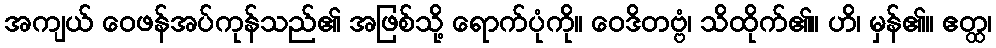
အကျယ် ဝေဖန်အပ်ကုန်သည်၏ အဖြစ်သို့ ရောက်ပုံကို။ ဝေဒိတဗ္ဗံ၊ သိထိုက်၏။ ဟိ၊ မှန်၏။ ဧတ္ထ၊